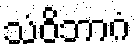
သံဝိဘာဂံ